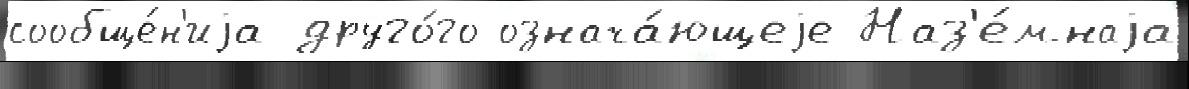
сообще́н'иjа друго́го означа́ющеjе Наз'е́мнаjа